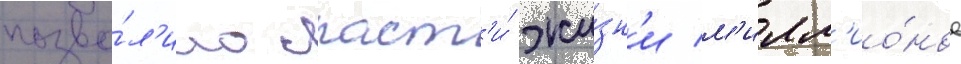
позво́л'ило спаст'и́ жи́зн'и м'илл'ио́нов